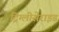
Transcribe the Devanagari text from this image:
ट्रिग्लीसेराइड